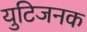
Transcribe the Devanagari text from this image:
युटिजनक